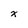
Character: x